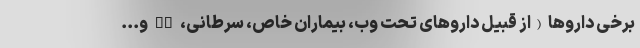
برخی داروها (از قبیل داروهای تحت وب، بیماران خاص، سرطانی، MS و...